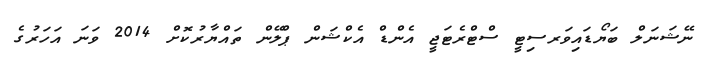
ނޭޝަނަލް ބަޔޯޑައިވަރސިޓީ ސްޓްރެޓަޖީ އެންޑް އެކްޝަން ޕްލޭން ތައްޔާރުކޮށް 2014 ވަނަ އަހަރުގެ